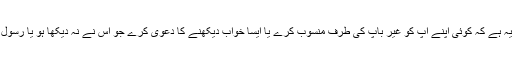
رسول اکرم صلی اللہ علیہ وسلم نے فرمایا: ’’سب سے بڑا جھوٹ یہ ہے کہ کوئی اپنے آپ کو غیر باپ کی طرف منسوب کرے یا ایسا خواب دیکھنے کا دعویٰ کرے جو اس نے نہ دیکھا ہو یا رسول اللہ کی طرف ایسی بات منسوب کرے جو آپ نے نہ فرمائی ہو‘‘۔